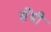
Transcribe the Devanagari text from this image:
सेेंमी